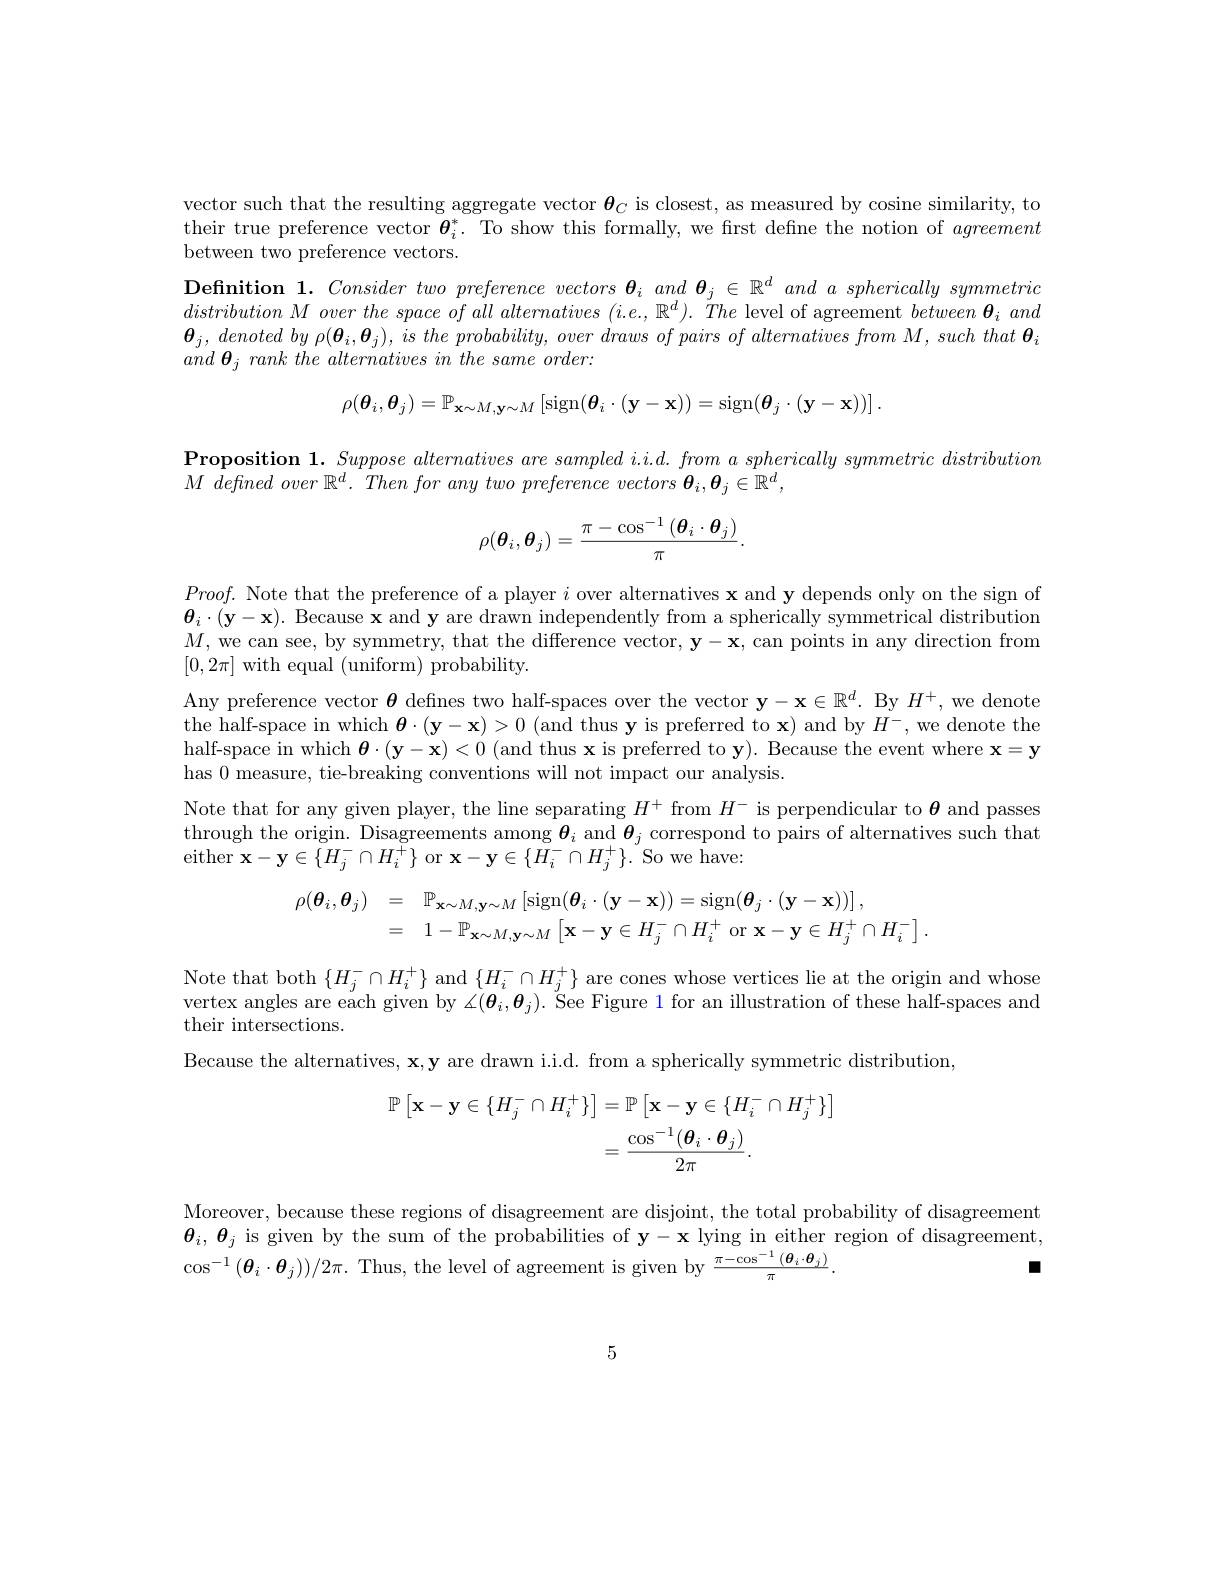
vector such that the resulting aggregate vector $\boldsymbol{\theta}_C$ is closest, as measured by cosine similarity, to their true preference vector $\boldsymbol{\theta}_i^*.$ To show this formally, we frst define the notion of agreement between two preference vectors.
Definition 1. Consider two preference vectors $\boldsymbol{\theta }_i\textit{and }_j\in \mathbb{R} ^d\textit{ and a spherically symmetric}$ $distribution\textit{ M over the space of all alternatives }( i. e. , \mathbb{R} ^d) . \textit{ The level of agreement between }_i\textit{ and}$ $\boldsymbol{\theta }_j$, denoted $by$ $\rho ( \boldsymbol{\theta }_i, \boldsymbol{\theta }_j) $, $is$ the $probability$, over draws $of$ pairs $of$ alternatives from $M$, such that $\boldsymbol{\theta }_i$ and $\boldsymbol{\theta }_{j}$ rank the alternatives $in$ the same $order:$
$$\rho(\boldsymbol{\theta}_{i},\boldsymbol{\theta}_{j})=\mathbb{P}_{\mathbf{x}\sim M,\mathbf{y}\sim M}\left[\mathrm{sign}(\boldsymbol{\theta}_{i}\cdot(\mathbf{y}-\mathbf{x}))=\mathrm{sign}(\boldsymbol{\theta}_{j}\cdot(\mathbf{y}-\mathbf{x}))\right].$$
$\textbf{Proposition 1. Suppose alternatives are sampled i. i. d. from a spherically symmetric distribution}$
$M$ defined over $\mathbb{R} ^{d}.$ Then for any two preference vectors $\boldsymbol{\theta }_{i}, \boldsymbol{\theta }_{j}\in \mathbb{R} ^{d}$,
$$\rho(\boldsymbol{\theta}_i,\boldsymbol{\theta}_j)=\frac{\pi-\cos^{-1}\left(\boldsymbol{\theta}_i\cdot\boldsymbol{\theta}_j\right)}{\pi}.$$
$Proof.$ Note that the preference of a player $i$ over alternatives $\mathbf{x}$ and y depends only on the sign of $\boldsymbol{\theta}_i\cdot(\mathbf{y}-\mathbf{x}).$ Because $\mathbf{x}$ and y are drawn independently from a spherically symmetrical distribution $M$, we can see, by symmetry, that the difference vector, $\mathbf{y}-\mathbf{x}$, can points in any direction from $[0,2\pi]$ with equal (uniform) probability.
Any preference vector $\boldsymbol{\theta}$ defines two half-spaces over the vector $\mathbf{y}-\mathbf{x}\in\mathbb{R}^d.$ By $H^+$, we denote the half-space in which $\boldsymbol{\theta}\cdot(\mathbf{y}-\mathbf{x})>0$ (and thus y is preferred to x) and by $H^{-}$,we denote the half-space in which $\boldsymbol{\theta}\cdot(\mathbf{y}-\mathbf{x})<0$ (and thus $\mathbf{x}$ is preferred to y). Because the event where $\mathbf{x}=\mathbf{y}$ has 0 measure, tie-breaking conventions will not impact our analysis
Note that for any given player, the line separating $H^+$ from $H^-$ is perpendicular to $\boldsymbol{\theta}$ and passes through the origin. Disagreements among $\boldsymbol{\theta}_i$ and $\boldsymbol{\theta}_j$ correspond to pairs of alternatives such that either x- y$\in \{ H_{j}^{- }\cap H_{i}^{+ }\}$ or x- y$\in \{ \bar{H_{i}^{- }} \cap H_{j}^{+ }\}$. So we have.
$$\begin{array}{rcl}\rho(\boldsymbol{\theta}_i,\boldsymbol{\theta}_j)&=&\mathbb{P}_{\mathbf{x}\sim M,\mathbf{y}\sim M}\left[\mathrm{sign}(\boldsymbol{\theta}_i\cdot(\mathbf{y}-\mathbf{x}))=\mathrm{sign}(\boldsymbol{\theta}_j\cdot(\mathbf{y}-\mathbf{x}))\right],\\&=&1-\mathbb{P}_{\mathbf{x}\sim M,\mathbf{y}\sim M}\left[\mathbf{x}-\mathbf{y}\in H_{j}^{-}\cap H_{i}^{+}\mathrm{~or~}\mathbf{x}-\mathbf{y}\in H_{j}^{+}\cap H_{i}^{-}\right].\end{array}$$
Note that both $\{H_{j}^{-}\cap H_{i}^{+}\}$ and $\{H_{i}^{-}\cap H_{j}^{+}\}$ are cones whose vertices lie at the origin and whose vertex angles are each given by $\measuredangle ( \boldsymbol{\theta }_i, \boldsymbol{\theta }_j) . \text{ \v {S}eeFigure 1for an illustration of these half- spaces and}$ their intersections.

Because the alternatives, x,y are drawn i.i.d. from a spherically symmetric distribution,
$$\begin{aligned}\mathbb{P}\left[\mathbf{x}-\mathbf{y}\in\{H_{j}^{-}\cap H_{i}^{+}\}\right]&=\mathbb{P}\left[\mathbf{x}-\mathbf{y}\in\{H_{i}^{-}\cap H_{j}^{+}\}\right]\\&=\frac{\cos^{-1}(\boldsymbol{\theta}_{i}\cdot\boldsymbol{\theta}_{j})}{2\pi}.\end{aligned}$$
Moreover, because these regions of disagreement are disjoint, the total probability of disagreement $\boldsymbol{\theta}_i,\boldsymbol{\theta}_j$ is given by the sum of the probabilities of $\mathbf{y}-\mathbf{x}$ lying in either region of disagreement, $\cos^{-1}(\boldsymbol{\theta}_{i}\cdot\boldsymbol{\theta}_{j}))/2\pi.$ Thus, the level of agreement is given by $\frac{\pi-\cos^{-1}\left(\boldsymbol{\theta}_{i}\cdot\boldsymbol{\theta}_{j}\right)}{\pi}.$
$\blacksquare$

5